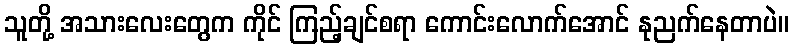
သူတို့ အသားလေးတွေက ကိုင် ကြည့်ချင်စရာ ကောင်းလောက်အောင် နုညက်နေတာပဲ။